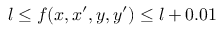
l \le f ( x , x ^ { \prime } , y , y ^ { \prime } ) \le l + 0 . 0 1